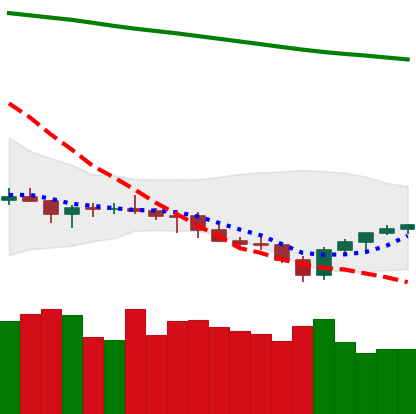
Ticker: LTC-USD
Chart end date: 2021-07-25
Forward return: 14.246%
Label: up_7plus